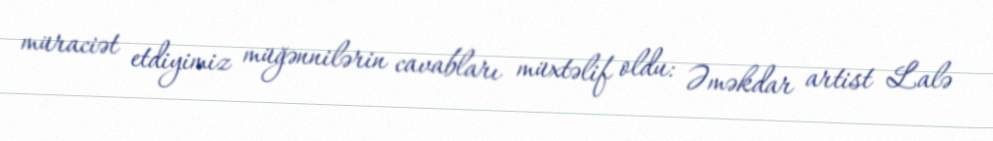
müraciət etdiyimiz müğənnilərin cavabları müxtəlif oldu: Əməkdar artist Lalə